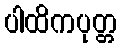
ပါထိကပုတ္တ